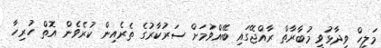
މަލީހް ވިދާޅުވީ މުބާރާތް ރާއްޖޭގައި ބޭއްވުމަށް ސަރުކާރުގެ ތެރެއިން ކުރެވެން އޮތް ހުރިހާ